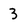
Character: 3